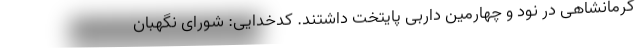
کرمانشاهی در نود و چهارمین داربی پایتخت داشتند. کدخدایی: شورای نگهبان